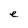
Character: e